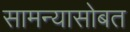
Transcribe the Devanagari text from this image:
सामन्यासोबत